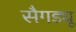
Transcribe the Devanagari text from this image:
सैगड्यू